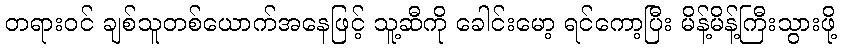
တရားဝင် ချစ်သူတစ်ယောက်အနေဖြင့် သူ့ဆီကို ခေါင်းမော့ ရင်ကော့ပြီး မိန့်မိန့်ကြီးသွားဖို့